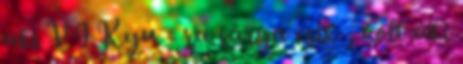
aki VI.Kyu - ra sárga csík , volt aki